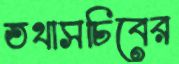
তথাসচিবের